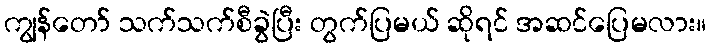
ကျွန်တော် သက်သက်စီခွဲပြီး တွက်ပြမယ် ဆိုရင် အဆင်ပြေမလား။